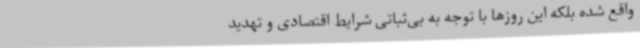
واقع شده بلکه این روزها با توجه به بی‌ثباتی شرایط اقتصادی و تهدید